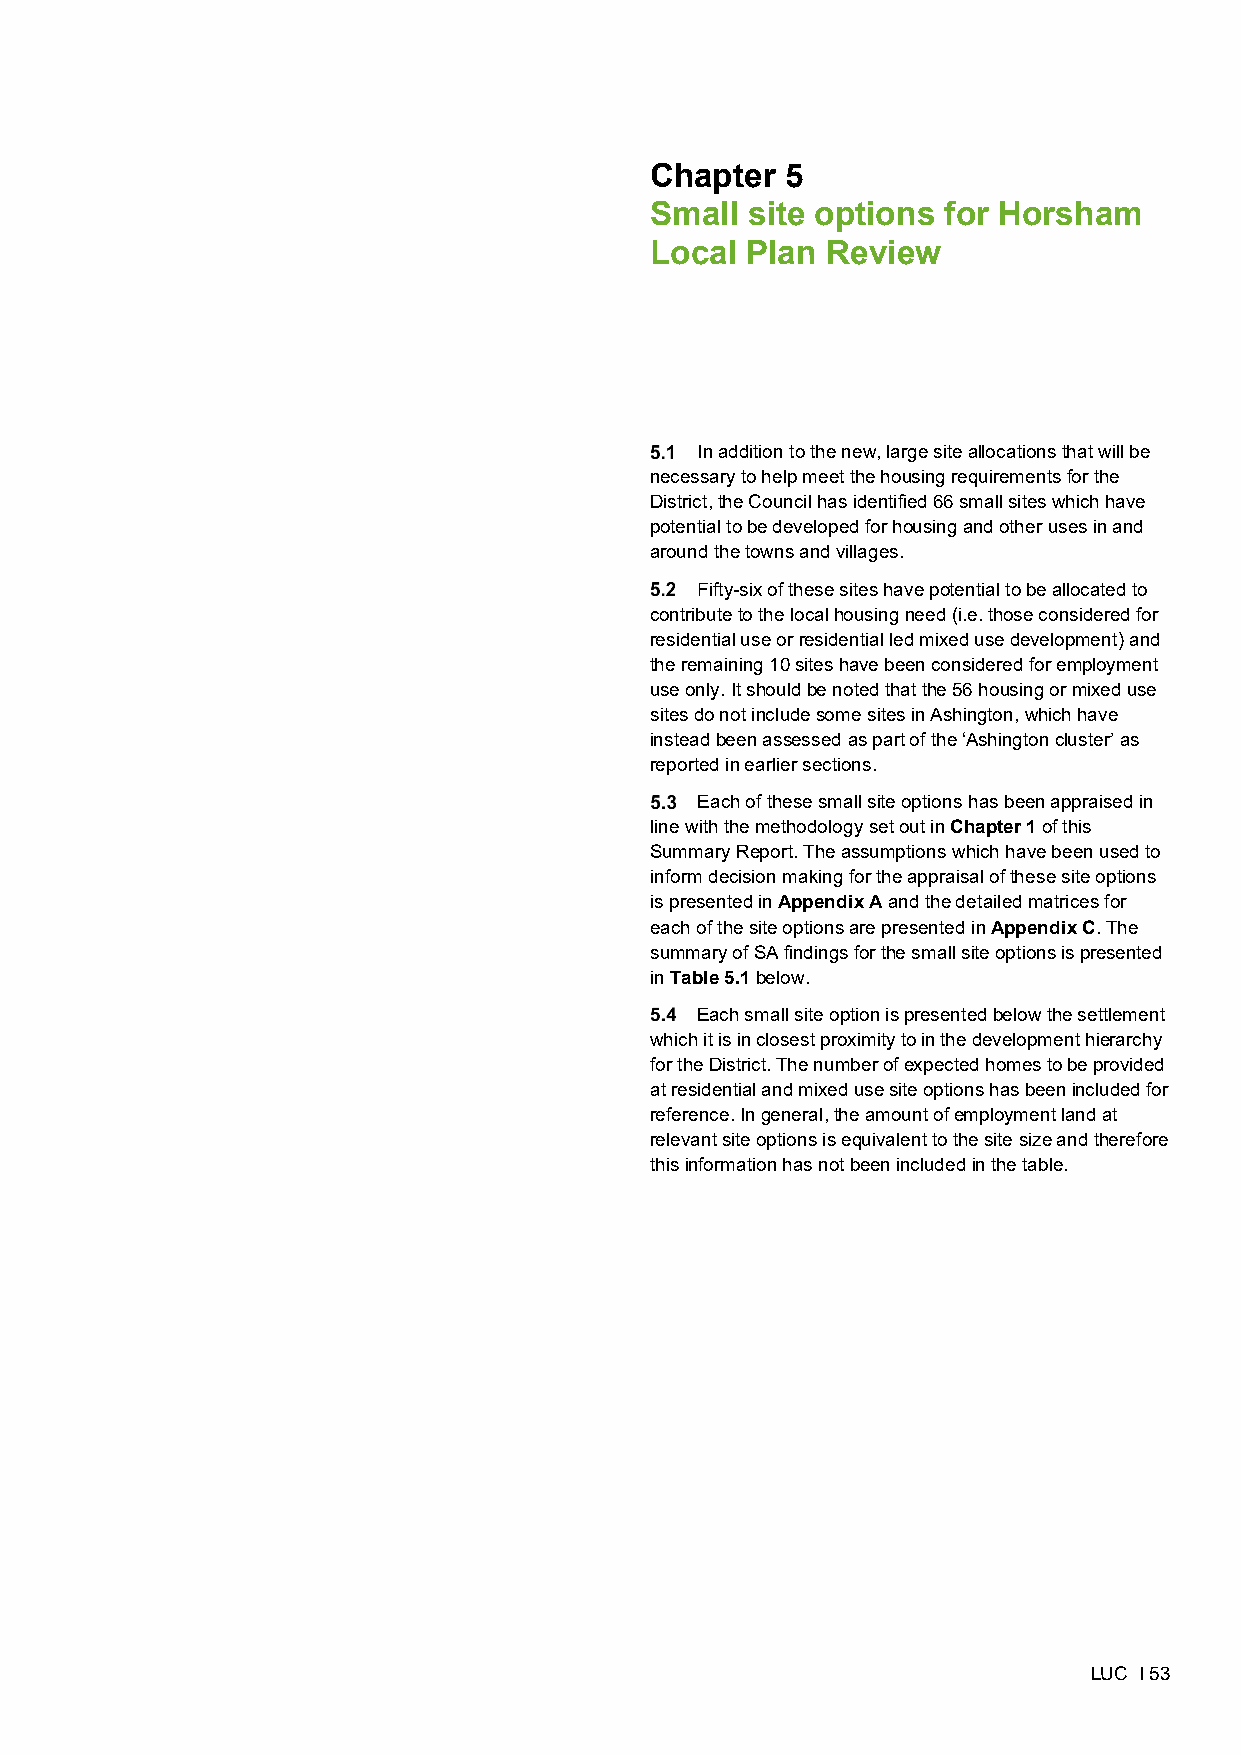
-
 Chapter 5
 Small site options for Horsham Local Plan Review
 SA of Growth Options
 February 2020
 Chapter  5
 Small  site options for Horsham
 Local Plan  Review
 In addition to the new, large site allocations that will be
 necessary to help meet the housing requirements for the
 District, the Council has identified 66 small sites which have
 potential to be developed for housing and other uses in and
 around the towns and villages.
 Fifty-six of these sites have potential to be allocated to
 contribute to the local housing need (i.e. those considered for
 residential use or residential led mixed use development) and
 the remaining 10 sites have been considered for employment
 use only. It should be noted that the 56 housing or mixed use
 sites do not include some sites in Ashington, which have
 instead been assessed as part of the ‘Ashington cluster’ as
 reported in earlier sections.
 Each of these small site options has been appraised in
 line with the methodology set out in Chapter 1 of this
 Summary Report. The assumptions which have been used to
 inform decision making for the appraisal of these site options
 is presented in Appendix A and the detailed matrices for
 each of the site options are presented in Appendix C. The
 summary of SA findings for the small site options is presented
 in Table 5.1 below.
 Each small site option is presented below the settlement
 which it is in closest proximity to in the development hierarchy
 for the District. The number of expected homes to be provided
 at residential and mixed use site options has been included for
 reference. In general, the amount of employment land at
 relevant site options is equivalent to the site size and therefore
 this information has not been included in the table.
 LUC I 53